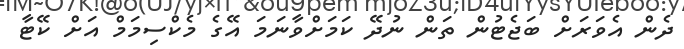
ދެން އެވަރަށް ބަޖެޓުން ތަން ނުދޭ ކަމަށްވާނަމަ އޭގެ މެކްސިމަމް އަށް ކޭޓާ